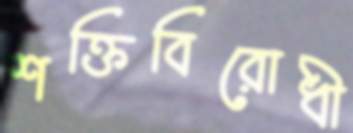
শক্তিবিরোধী